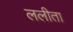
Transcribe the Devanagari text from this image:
ललीता